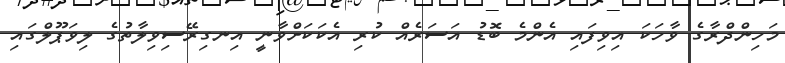
މަހިންދްރާގެ ވާހަކަ އިވިފައި އެންމެ ބޮޑު އަސަރެއް ކުރި އެކަކަށްވާނީ އިނގިރޭސިވިލާތުގެ ލިވަޕޫލްގައި